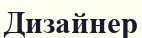
Дизайнер